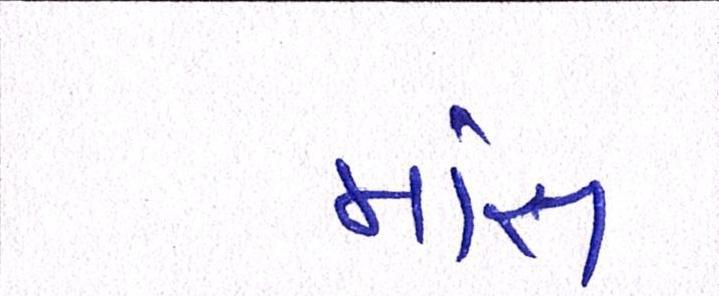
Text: માંસ